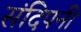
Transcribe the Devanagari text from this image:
संदिपनी